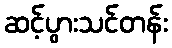
ဆင့်ပွားသင်တန်း